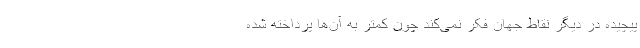
پیچیده در دیگر نقاط جهان فکر نمی‌کند چون کمتر به آن‌ها پرداخته شده